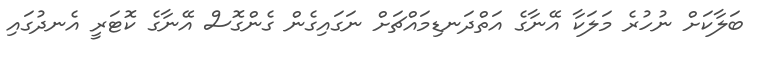
ބަލާކަށް ނުހުރެ މަލަކާ އޭނާގެ އަތްދަނޑިމައްޗަށް ނަގައިގެން ގެންގޮސް އޭނާގެ ކޮޓަރީ އެނދުގައި